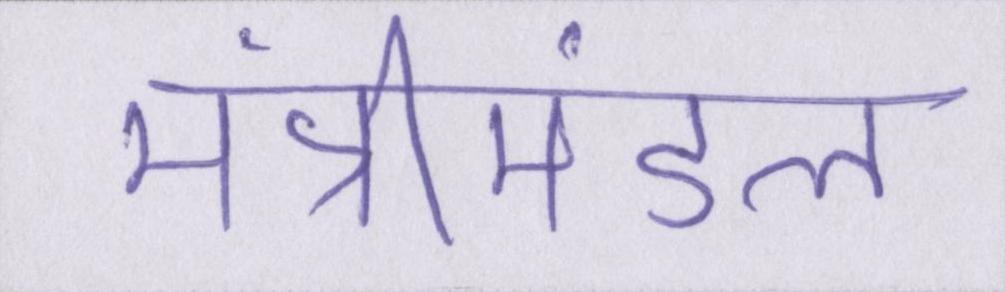
मंत्रीमंडल